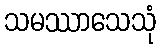
သမဿာသေသုံ